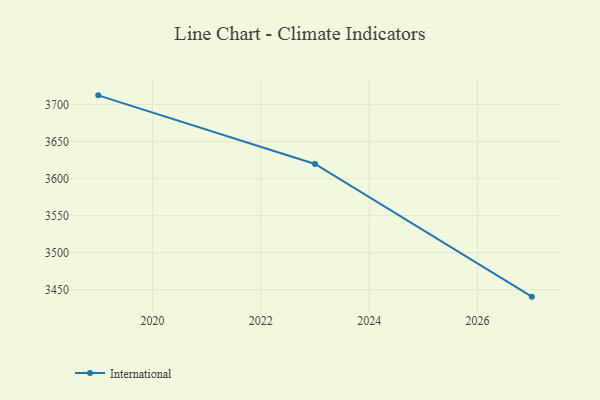
{"axis": {"x": "Year", "y": "Satisfaction Score"}, "legend": ["International"], "data": [{"x": "2019", "y": 3712.5, "type": "International"}, {"x": "2023", "y": 3619.8, "type": "International"}, {"x": "2027", "y": 3440.5, "type": "International"}]}